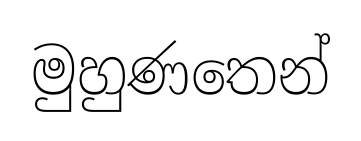
මුහුණතෙන්